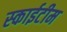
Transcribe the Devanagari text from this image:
स्‍काईटीम